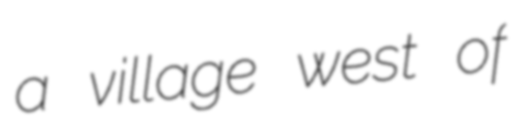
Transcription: a village west of